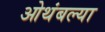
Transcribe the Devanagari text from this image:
ओथंबल्या